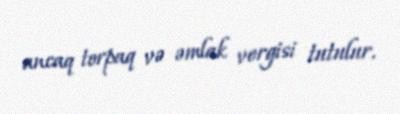
ancaq torpaq və əmlak vergisi tutulur.